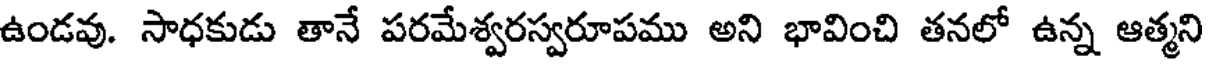
ఉండవు. సాధకుడు తానే పరమేశ్వరస్వరూపము అని భావించి తనలో ఉన్న ఆత్మని